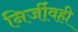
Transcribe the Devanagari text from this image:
निर्जीवही